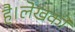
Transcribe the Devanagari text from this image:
है।लेखकों